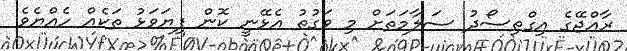
ރާއްޖޭގެ އިގްތިސޯދު ސަލާމަތަށް މި ވަގުތު އެޅޭނީ ކޮން ފިޔަވަޅު ތަކެއް ހެއްޔެވެ